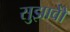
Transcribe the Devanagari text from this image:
सुझावोें